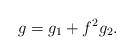
LaTeX: \begin{align*}g=g_1+f^2g_2.\end{align*}